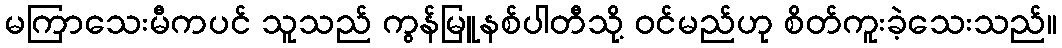
မကြာသေးမီကပင် သူသည် ကွန်မြူနစ်ပါတီသို့ ဝင်မည်ဟု စိတ်ကူးခဲ့သေးသည်။